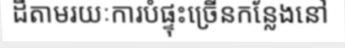
ដីតាមរយៈការបំផ្ទុះច្រើនកន្លែងនៅ